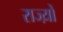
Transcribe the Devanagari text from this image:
राज्य़ों